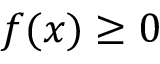
f ( x ) \geq 0